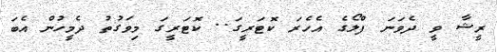
ރީޝާ ވީ ދެވަނަ ފްލޯގެ އެހެރަ ކޮޓަރީގަ.. ކޮޓަރީގަ މިވަގުތު ދެމީހުން އެބަ